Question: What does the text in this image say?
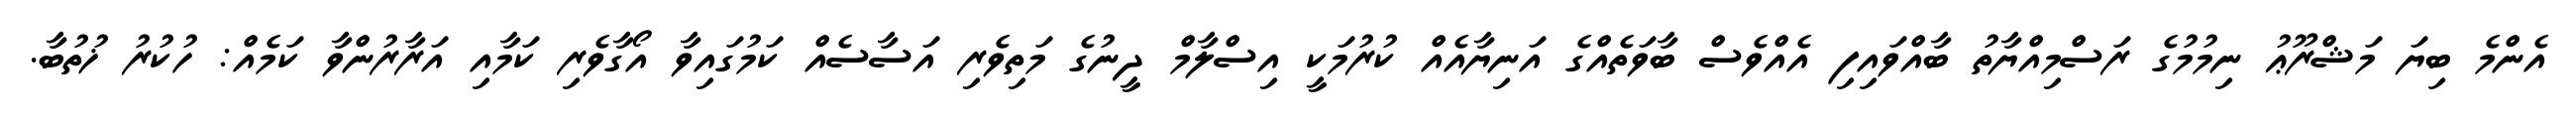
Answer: އެންމެ ބިޔަ މަޝްރޫޢު ނިމުމުގެ ރަސްމިއްޔާތު ބާއްވައިފި އެއްވެސް ބާވަތެއްގެ އަނިޔާއެއް ކުރުމަކީ އިސްލާމް ދީނުގެ މަތިވެރި އަސާސެއް ކަމުގައިވާ އޯގާވެރި ކަމާއި އަރާރުންވާ ކަމެއް: ހުކުރު ޚުތުބާ.